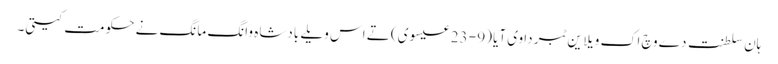
ہان سلطنت دے وچ اک ویلا ین ٹبر دا وی آیا (9 - 23 عیسوی) تے اس ویلے بادشاہ وانگ مانگ نے حکومت کیتی۔